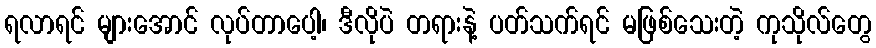
ရလာရင် များအောင် လုပ်တာပေါ့၊ ဒီလိုပဲ တရားနဲ့ ပတ်သက်ရင် မဖြစ်သေးတဲ့ ကုသိုလ်တွေ